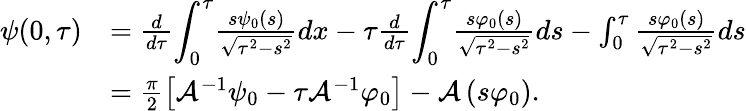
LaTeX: \begin{array}{rl}{\psi(0,\tau)}&{=\frac{d}{d\tau}{\displaystyle\int_{0}^{\tau}}\frac{s\psi_{0}\left(s\right)}{\sqrt{\tau^{2}-s^{2}}}dx-\tau\frac{d}{d\tau}{\displaystyle\int_{0}^{\tau}}\frac{s\varphi_{0}(s)}{\sqrt{\tau^{2}-s^{2}}}ds-\int_{0}^{\tau}\frac{s\varphi_{0}(s)}{\sqrt{\tau^{2}-s^{2}}}ds}\\ &{=\frac{\pi}{2}\left[\mathcal{A}^{-1}\psi_{0}-\tau\mathcal{A}^{-1}\varphi_{0}\right]-\mathcal{A}\left(s\varphi_{0}\right).}\end{array}